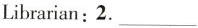
Librarian:2.___